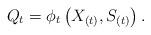
LaTeX: \begin{align*}Q_t = \phi_t \left(X_{(t)},S_{(t)} \right).\end{align*}